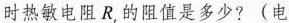
时热敏电阻R_{t}的阻值是多少?(电